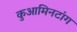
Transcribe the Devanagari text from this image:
कुआमिनटांग